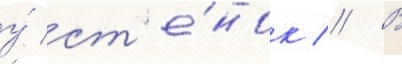
у́ ст'е́нок // В